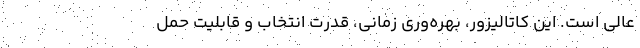
عالی است. این کاتالیزور، بهره‌وری زمانی، قدرت انتخاب و قابلیت حمل